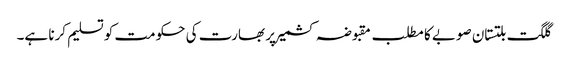
گلگت بلتستان صوبے کا مطلب مقبوضہ کشمیر پر بھارت کی حکومت کو تسلیم کرنا ہے۔